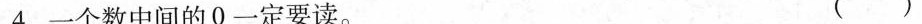
4.一个数中间的0一定要读。 ( )